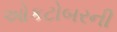
ઓકટોબરની